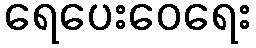
ရေပေးဝေရေး